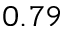
0 . 7 9